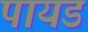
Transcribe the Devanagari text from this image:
पायड